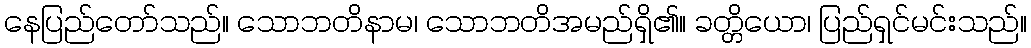
နေပြည်တော်သည်။ သောဘတိနာမ၊ သောဘတိအမည်ရှိ၏။ ခတ္တိယော၊ ပြည်ရှင်မင်းသည်။